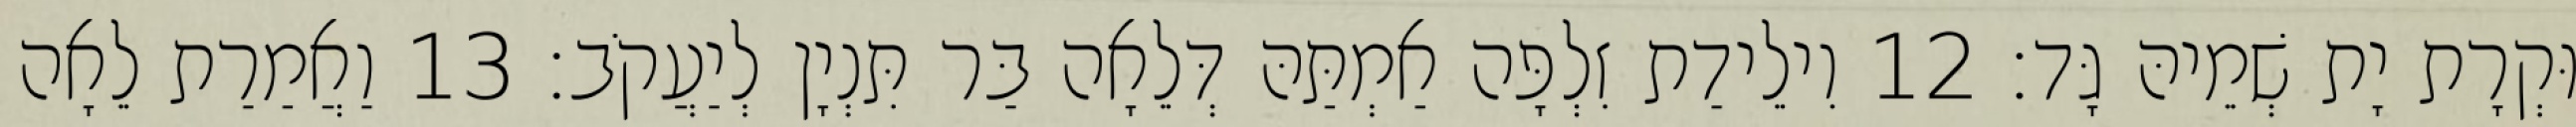
וּקְרָת יָת שְׁמֵיהּ גָּד׃ 12 וִילֵידַת זִלְפָּה אַמְתַּהּ דְּלֵאָה בַּר תִּנְיָן לְיַעֲקֹב׃ 13 וַאֲמַרַת לֵאָה